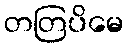
တတြပိမေ